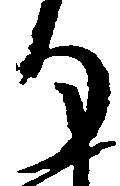
り